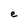
Character: e